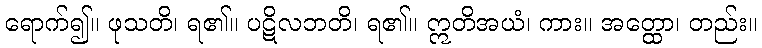
ရောက်၍။ ဖုသတိ၊ ရ၏။ ပဋိလဘတိ၊ ရ၏။ ဣတိအယံ၊ ကား။ အတ္ထော၊ တည်း။